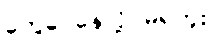
တွေဝေနေလို့ မရဘူး။